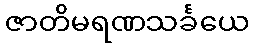
ဇာတိမရဏသင်္ခယေ